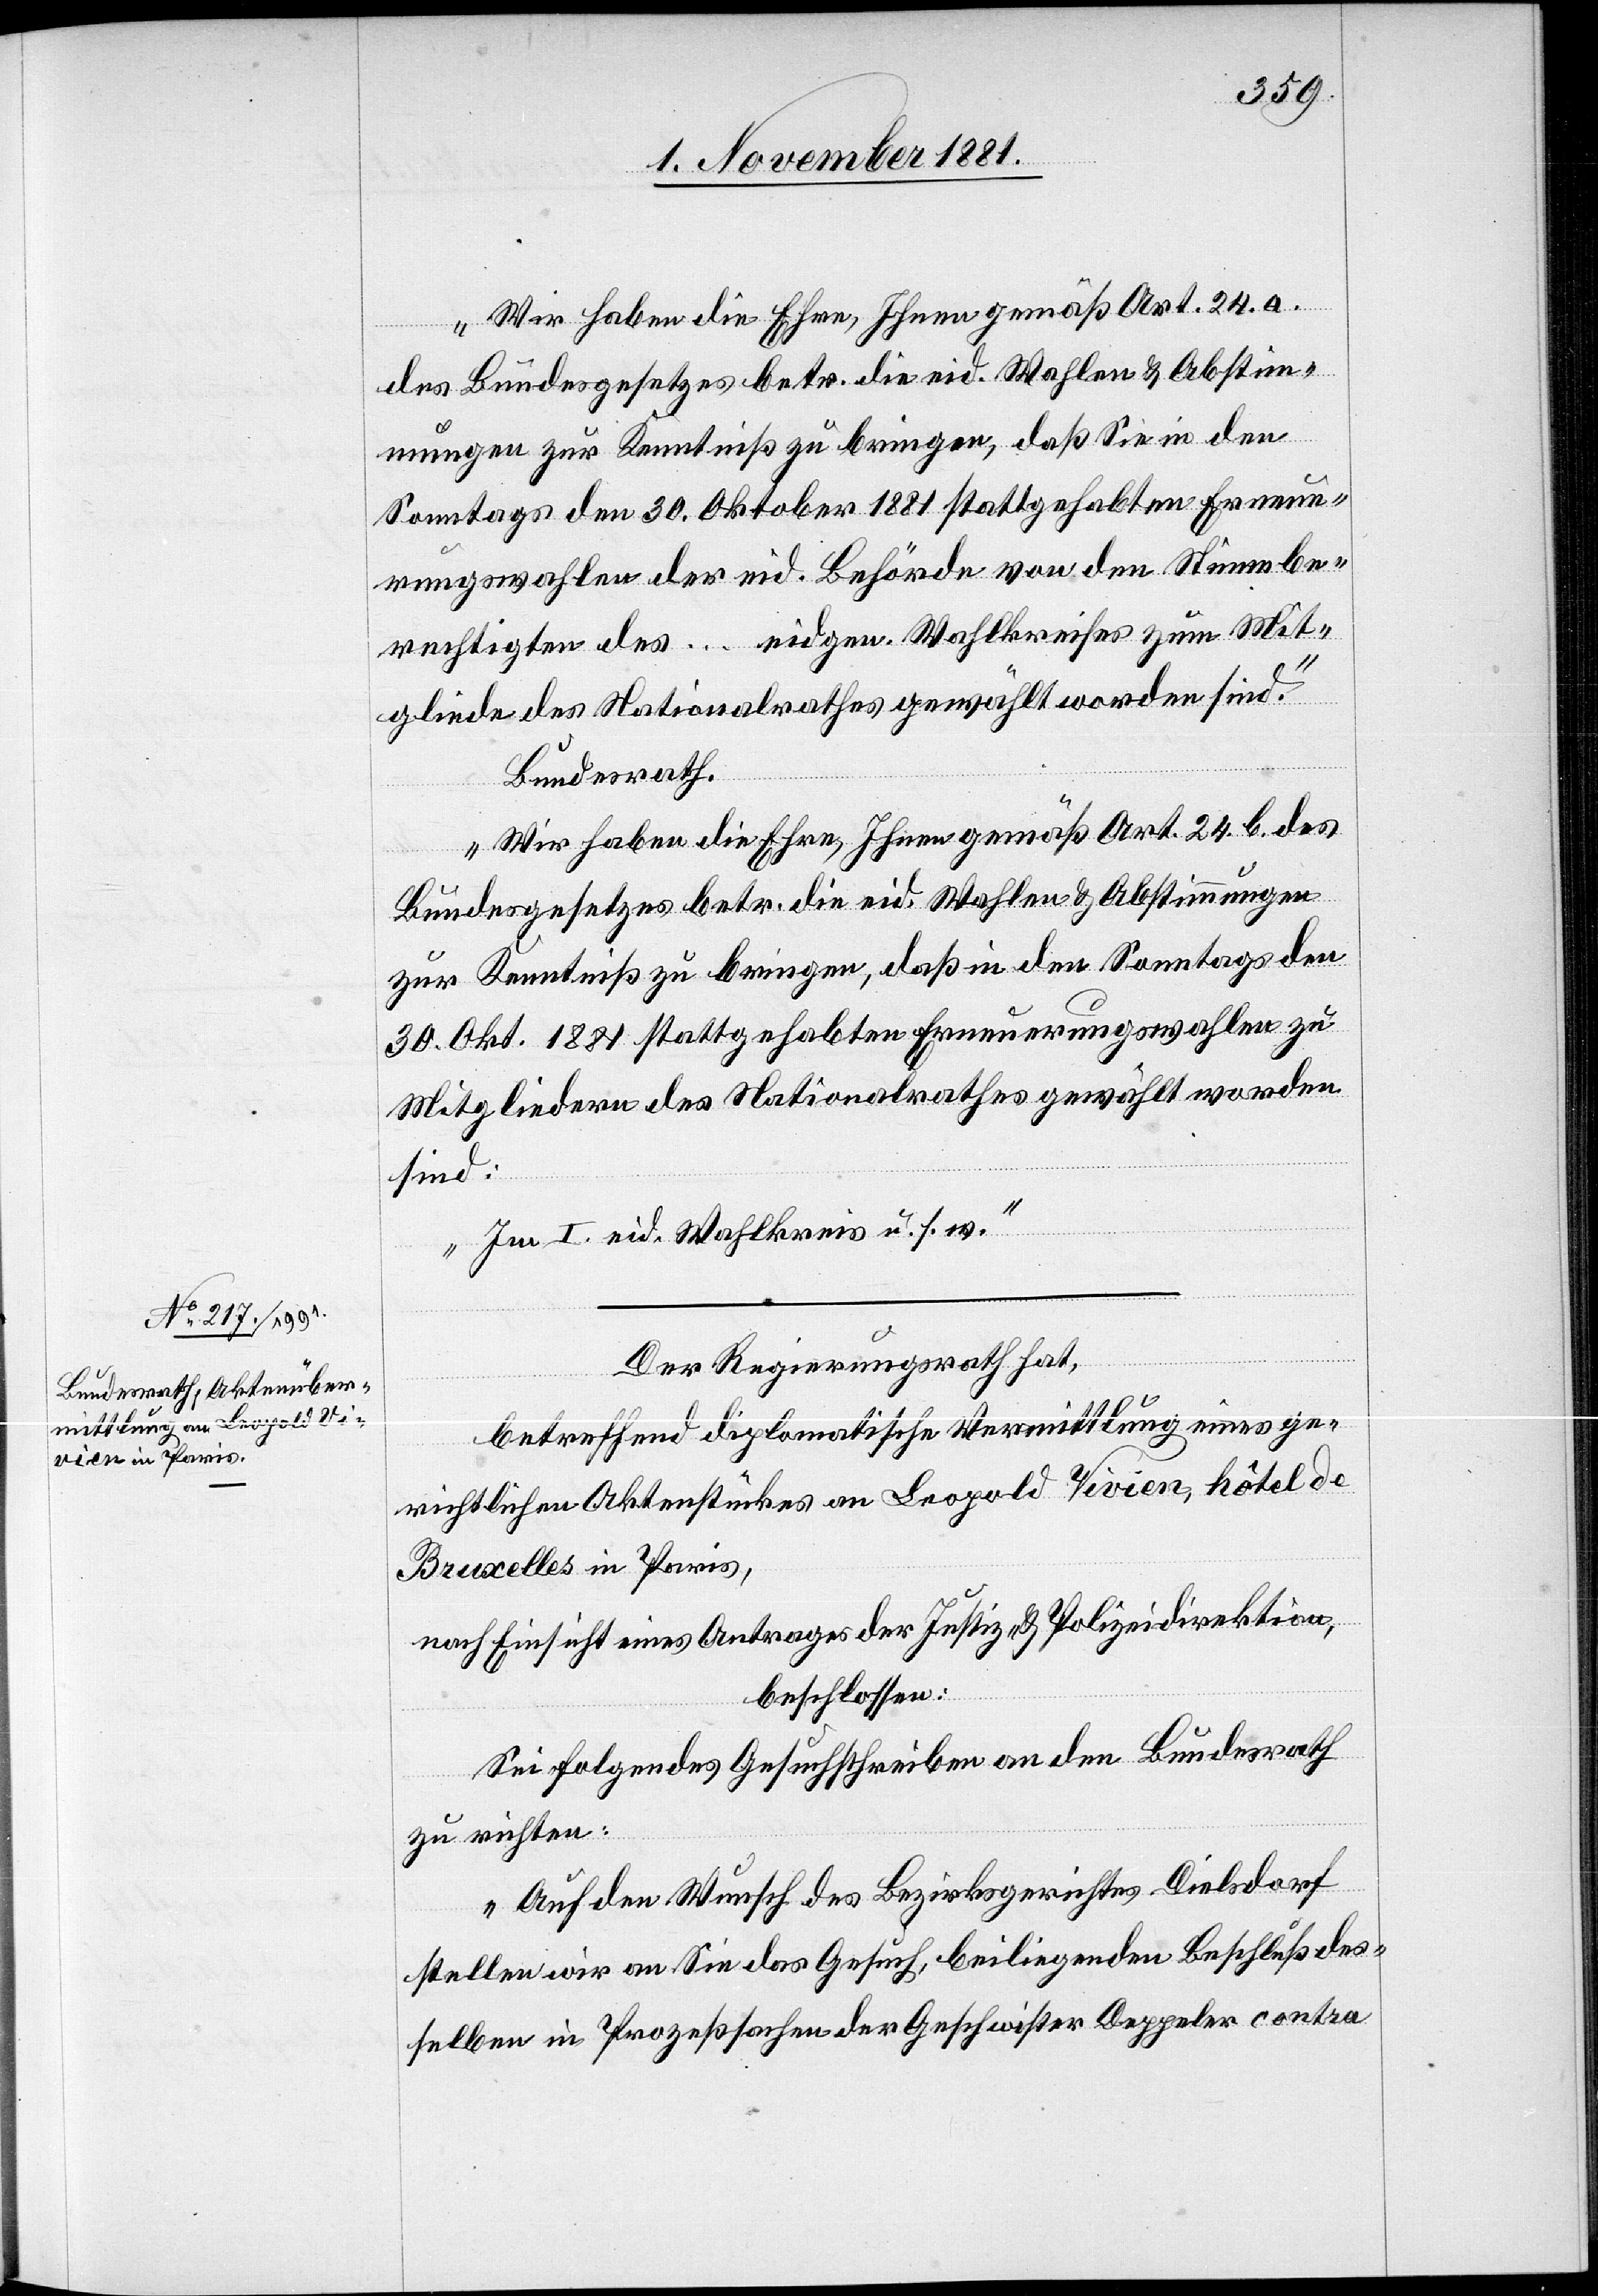
7. November 1881.]
Wir haben die Ehre, Ihnen gemäß Art. 24. a.
des Bundesgesetzes betr. die eid. Wahlen & Abstim¬
mungen zur Kenntniß zu bringen, daß Sie in den
Sonntags den 30 Oktober 1881 stattgehabten Erneue¬
rungswahlen der eid. Behörde von den Stimmbe¬
rechtigten des ... eidgen. Wahlkreises zum Mit¬
gliede des Nationalrathes gewählt worden sind.“
Bundesrath.
„Wir haben die Ehre, Ihnen gemäß Art. 24. b. des
Bundesgesetzes betr. die eid. Wahlen & Abstimmungen
zur Kenntniß zu bringen, daß in den Sonntags den
30. Okt. 1881 stattgehabten Erneuerungswahlen zu
Mitgliedern des Nationalrathes gewählt worden
sind:
Im I. eid. Wahlkreis u. s. w.“
Der Regierungsrath hat,
betreffend diplomatische Vermittlung eines ge¬
richtlichen Aktenstückes an Leopold Vivien, hôtel de
Bruxelles in Paris,
nach Einsicht eines Antrages der Justiz- & Polizeidirektion,
beschlossen:
Sei folgendes Gesuchschreiben an den Bundesrath
zu richten:
„Auf den Wunsch des Bezirksgerichtes Dielsdorf
stellen wir an Sie das Gesuch, beiliegenden Beschluß des¬
selben in Prozeßsachen der Geschwister Deppeler contra